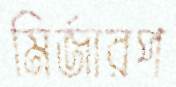
মির্জারপ